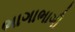
ભાગાભાગી